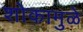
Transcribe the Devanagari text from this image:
शोकामुळे